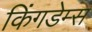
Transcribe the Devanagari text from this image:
किंगडेम्स